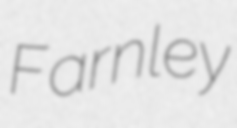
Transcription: Farnley